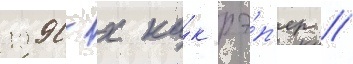
1990-х ка́к рэ́п'ер //